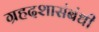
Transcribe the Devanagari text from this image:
ग्रहदशासंबंधी